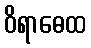
ဝိရာဓေထ